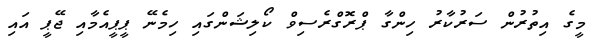
މީގެ އިތުރުން ސަރުކާރު ހިންގާ ޕްރޮގްރެސިވް ކޯލިޝަންގައި ހިމެނޭ ޕީޕީއެމާއި ޖޭޕީ އައި